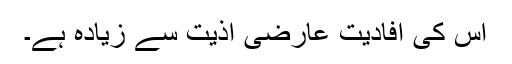
اس کی اِفادیت عارضی اذیت سے زیادہ ہے۔